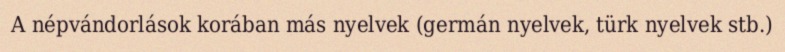
A népvándorlások korában más nyelvek (germán nyelvek, türk nyelvek stb.)